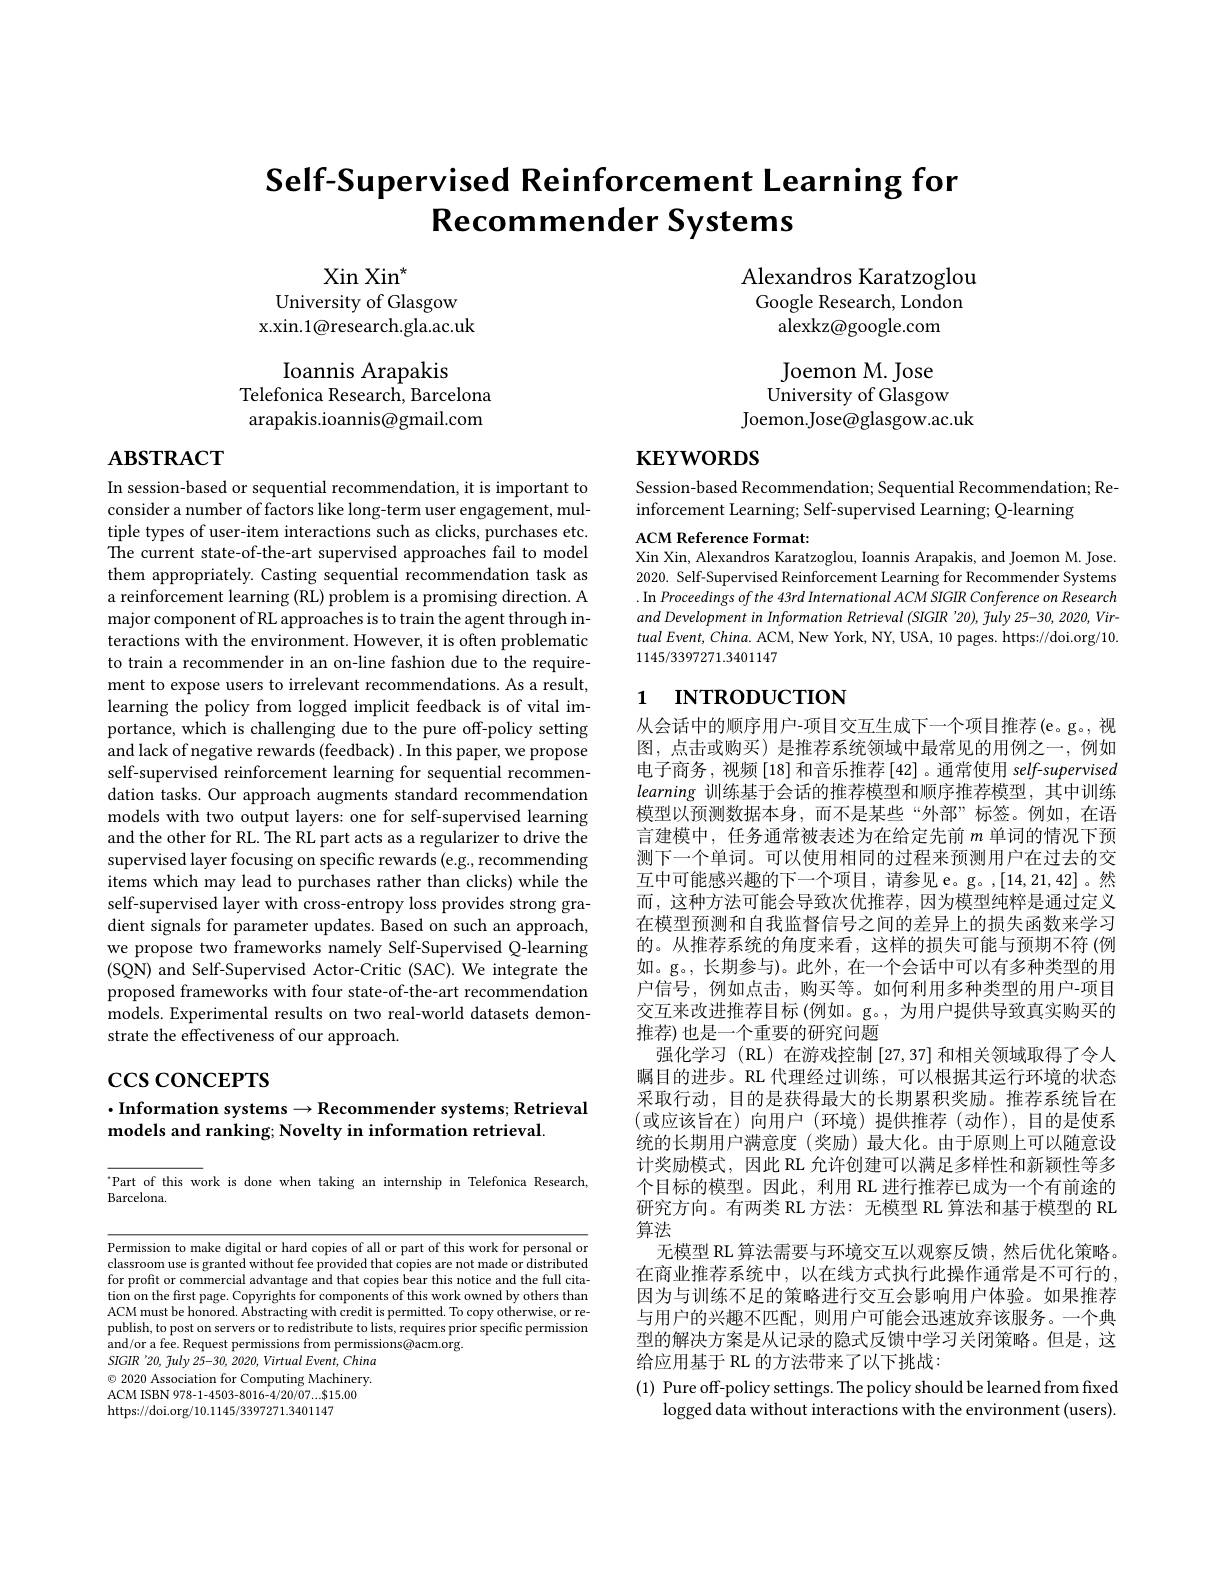
# Self-Supervised Reinforcement Learning for $\textbf{Recommender Systems}$

Alexandros Karatzoglou

$\operatorname{Xin}\operatorname{Xin}^*$
University of Glasgow
x.xin.1@research.gla.ac.uk

Google Research, London

alexkz@google.com

Ioannis Arapakis
Telefonica Research, Barcelona arapakis.ioannis@gmail.com

Joemon M. Jose
University of Glasgow
Joemon.Jose@glasgow.ac.uk

$\mathbf{KEYWORDS}$

# $\mathbf{ABSTRACT}$

In session-based or sequential recommendation, it is important to consider a number of factors like long-term user engagement, multiple types of user-item interactions such as clicks, purchases etc. The current state-of-the-art supervised approaches fail to model them appropriately. Casting sequential recommendation task as a reinforcement learning (RL) problem is a promising direction. A major component of RL approaches is to train the agent through interactions with the environment. However, it is often problematic to train a recommender in an on-line fashion due to the requirement to expose users to irrelevant recommendations. As a result, learning the policy from logged implicit feedback is of vital importance, which is challenging due to the pure off-policy setting and lack of negative rewards (feedback) . In this paper, we propose self-supervised reinforcement learning for sequential recommendation tasks. Our approach augments standard recommendation models with two output layers: one for self-supervised learning and the other for RL. The RL part acts as a regularizer to drive the supervised layer focusing on specific rewards (e.g., recommending items which may lead to purchases rather than clicks) while the self-supervised layer with cross-entropy loss provides strong gradient signals for parameter updates. Based on such an approach, we propose two frameworks namely Self-Supervised Q-learning (SQN) and Self-Supervised Actor-Critic (SAC).We integrate the proposed frameworks with four state-of-the-art recommendation models. Experimental results on two real-world datasets demonstrate the effectiveness of our approach.

$\csc\cos$coNCEPTS

## $\cdot$Information systems$\to$Recommender systems; Retrieval models and ranking; Novelty in information retrieval.

$^{.}$Part of this work is done when taking an internship in Telefonica Research,
Barcelona.

Permission to make digital or hard copies of all or part of this work for personal or classroom use is granted without fee provided that copies are not made or distributed for profit or commercial advantage and that copies bear this notice and the full citation on the frst page. Copyrights for components of this work owned by others than ACM must be honored. Abstracting with credit is permitted. To copy otherwise, or republish, to post on servers or to redistribute to lists, requires prior specific permission and/or a fee. Request permissions from permissions@acm.org.
SIGIR'20, fuly 25-30, 2020, Virtual Event, China $\odot$ 2020 Association for Computing Machinery. ACM ISBN 978-1-4503-8016-4/20/07....815.00 https://doi.org/10.1145/3397271.3401147

Session-based Recommendation; Sequential Recommendation; Re-
inforcement Learning; Self-supervised Learning; Q-learning

ACM Reference Format:
Xin Xin, Alexandros Karatzoglou, Ioannis Arapakis, and Joemon M. Jose. 2020. Self-Supervised Reinforcement Learning for Recommender Systems .In Proceedings of the 43rd International ACM SIGIR Conference on Research and Development in Information Retrieval (SIGIR '20), July 25-30, 2020, Vir- $tualEvent,China.$ ACM, New York, NY, USA, 10 pages. https://doi.org/10. 1145/3397271.3401147

## 1 INTRODUCTION

从会话中的顺序用户-项目交互生成下一个项目推荐(e。g。,视图，点击或购买)是推荐系统领域中最常见的用例之一，例如电子商务，视频[18]和音乐推荐[42]。通常使用 self-supervised learning训练基于会话的推荐模型和顺序推荐模型，其中训练模型以预测数据本身，而不是某些“外部”标签。例如，在语言建模中，任务通常被表述为在给定先前$m$单词的情况下预测下一个单词。可以使用相同的过程来预测用户在过去的交互中可能感兴趣的下一个项目，请参见 e。g。,[14,21,42]。然而，这种方法可能会导致次优推荐，因为模型纯粹是通过定义在模型预测和自我监督信号之间的差异上的损失函数来学习的。从推荐系统的角度来看，这样的损失可能与预期不符(例如。g。,长期参与)。此外，在一个会话中可以有多种类型的用户信号，例如点击，购买等。如何利用多种类型的用户-项目交互来改进推荐目标 (例如。g。, 为用户提供导致真实购买的推荐) 也是一个重要的研究问题
强化学习(RL)在游戏控制[27,37]和相关领域取得了令人瞩目的进步。RL 代理经过训练，可以根据其运行环境的状态采取行动，目的是获得最大的长期累积奖励。推荐系统旨在(或应该旨在)向用户(环境)提供推荐(动作),目的是使系统的长期用户满意度(奖励)最大化。由于原则上可以随意设计奖励模式，因此 RL 允许创建可以满足多样性和新颖性等多个目标的模型。因此，利用 RL 进行推荐已成为一个有前途的研究方向。有两类 RL 方法：无模型 RL 算法和基于模型的 RL 算法
无模型 RL 算法需要与环境交互以观察反馈，然后优化策略。在商业推荐系统中，以在线方式执行此操作通常是不可行的， 因为与训练不足的策略进行交互会影响用户体验。如果推荐与用户的兴趣不匹配，则用户可能会迅速放弃该服务。一个典型的解决方案是从记录的隐式反馈中学习关闭策略。但是，这给应用基于 RL 的方法带来了以下挑战：
(1) Pure off-policy settings. The policy should be learned from fxed
logged data without interactions with the environment (users).